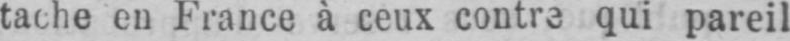
tache en France à ceux contre qui pareil